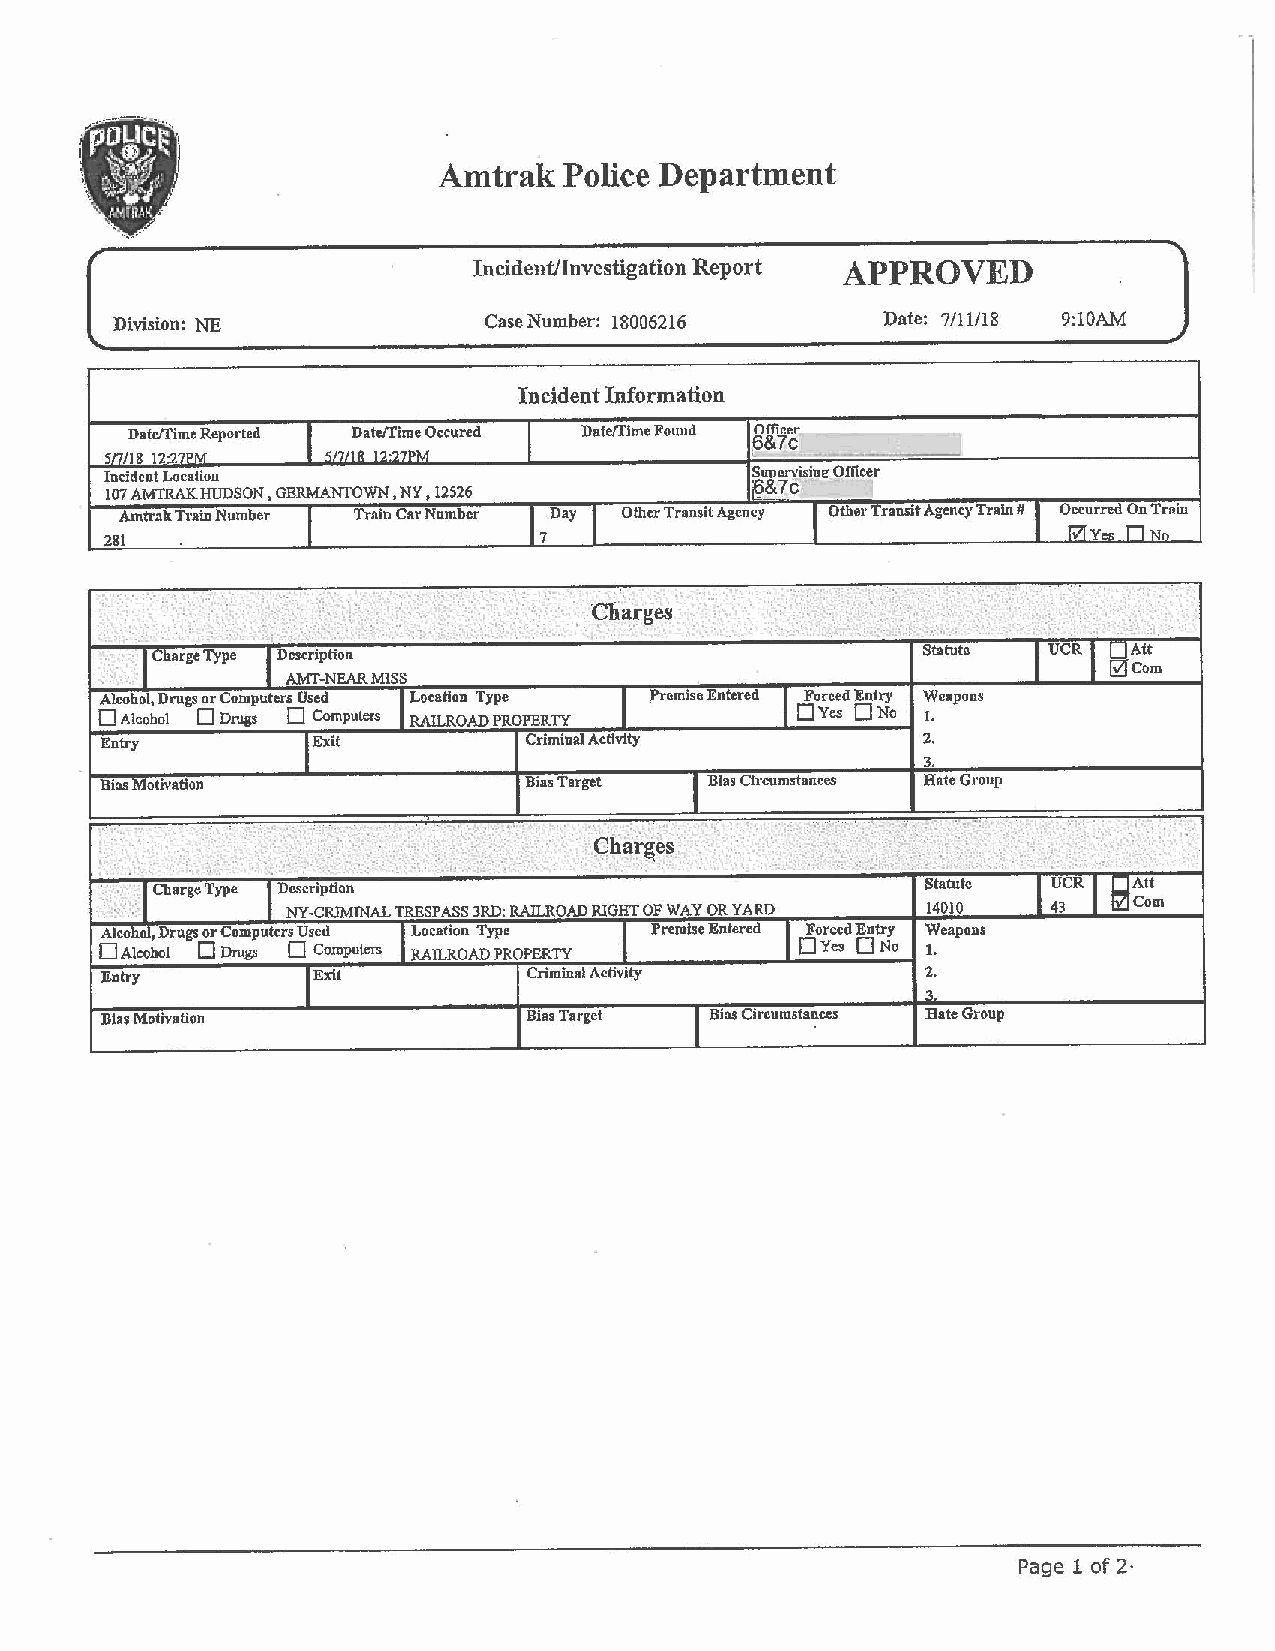
Amtrak  Police Department
 ,
 Incident/Investigation Report APPROVED
 Division: NE             Case Number: 18006216     Date: 7/11/18 9:10AM
 Incident Information
 Datetrlme Found Offir.P.r
 ~&?c
 Incident Locatiou                          SU1lervi.sine-Officer
 &le
 107 AMTRAK.IruDSON, GERMANTOWN, NY, 12526
 Amtrak Tt·ain Number Train Car Number Day Other Transit Agency Other Transit Agency Train # Occurred On Train
 281                          7
 .. ,
 ,·.
 Charges                 .' .
 ..... .. :, .
 Charge Type                                        Statute UCR   Att
 Com
 Alcohol, Drugs or Computers Used Location Type .Premise Ente.-ed Forced Entry Weapons
 D Alcohol D Drugs D Computers RAILROAD PROPERTY 0Yes 0No 1.
 Entry         Exit          Criminal Activity         2.
 3.
 Blas Motivation             Bias Target Blas Circumstances Hate Group
 ·. .q h~}ge~." ·         . ~ -:.
 ·\·r.                              ..
 .  . ~: ~ .            -~ .. :...
 Charge Type Description                            Statute  UCR
 NY-CRJMINAL TRESPASS 3RD: RAlLROAD RIGHT OF WAY ORYA RD 14010 43
 Alcohol, Drugs or Computers Used Location Type Premise Entered Forced Entry Weapons
 0 Alcohol D Drug:; D Computers RAILROAD PROPERTY O Yes D No 1.
 1,-,,E-n.t r._ y _____. .;.._ _~ E~xl~t---..._==;;,;.;~~~C~r~im~in-a':"IA .,...ct""tv~ity~------.....11------i 2.
 3.
 Bias Motivation             Bias Target Bias Circumstances Bate Group
 Page 1 of 2·